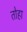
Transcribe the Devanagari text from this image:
तोहा